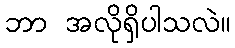
ဘာ အလိုရှိပါသလဲ။